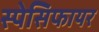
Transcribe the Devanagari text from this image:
स्पेसिफायर